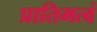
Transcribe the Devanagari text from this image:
प्रातिभत्वं